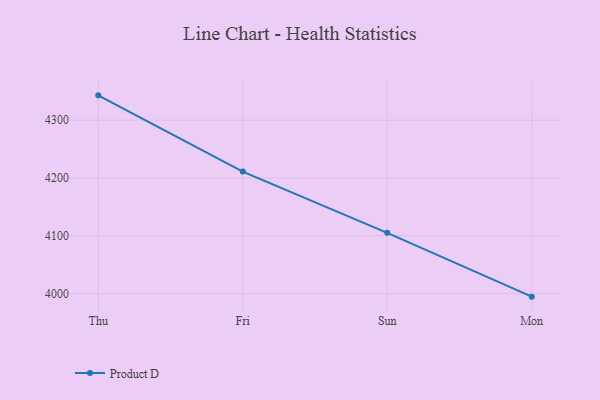
{"axis": {"x": "Day", "y": "Net Income (USD K)"}, "legend": ["Product D"], "data": [{"x": "Thu", "y": 4342.9, "type": "Product D"}, {"x": "Fri", "y": 4211.0, "type": "Product D"}, {"x": "Sun", "y": 4104.9, "type": "Product D"}, {"x": "Mon", "y": 3994.5, "type": "Product D"}]}